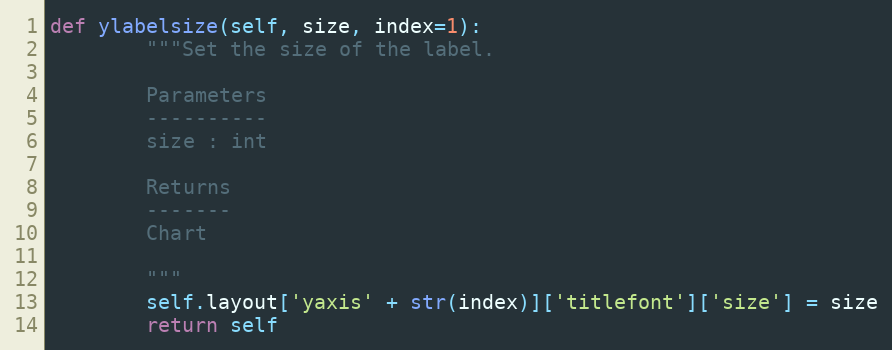
Language: Python
def ylabelsize(self, size, index=1):
        """Set the size of the label.

        Parameters
        ----------
        size : int

        Returns
        -------
        Chart

        """
        self.layout['yaxis' + str(index)]['titlefont']['size'] = size
        return self